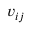
v _ { i j }